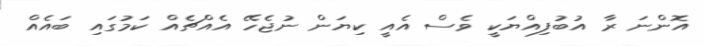
އޮންނަ ރާ އުބުފިއްޔަކީ ވެސް އެއީ ކިޔަން ނުޖެހޭ އެއްޗެއް ކަމުގައި ބައެއް